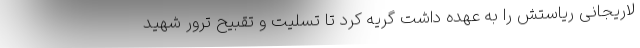
لاریجانی ریاستش را به عهده داشت گریه کرد تا تسلیت و تقبیح ترور شهید